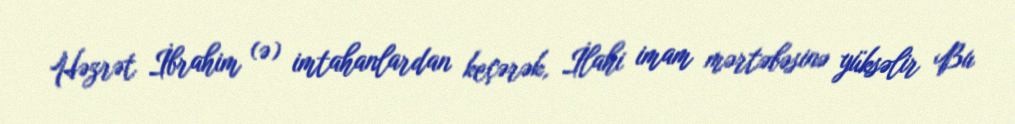
Həzrət İbrahim (ə) imtahanlardan keçərək, İlahi imam mərtəbəsinə yüksəlir Bu